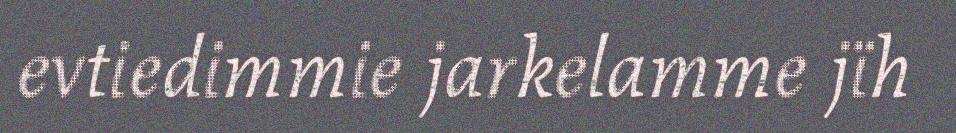
evtiedimmie jarkelamme jïh